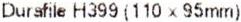
DURAFILE H399 (110 X 95MM)